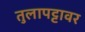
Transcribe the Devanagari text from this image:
तुलापट्टावर